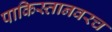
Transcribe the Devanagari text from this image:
पाकिस्तानवरच